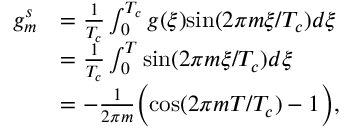
\begin{array} { r l } { g _ { m } ^ { s } } & { = \frac { 1 } { T _ { c } } \int _ { 0 } ^ { T _ { c } } g ( \xi ) \mathrm { s i n } ( 2 \pi m \xi / T _ { c } ) d \xi } \\ & { = \frac { 1 } { T _ { c } } \int _ { 0 } ^ { T } \mathrm { s i n } ( 2 \pi m \xi / T _ { c } ) d \xi } \\ & { = - \frac { 1 } { 2 \pi m } \bigg ( \mathrm { c o s } ( 2 \pi m T / T _ { c } ) - 1 \bigg ) , } \end{array}